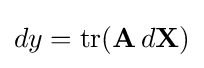
dy=\operatorname {tr} (\mathbf {A} \,d\mathbf {X} )